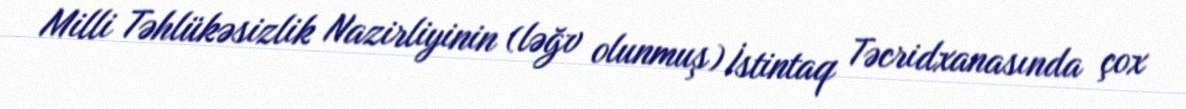
Milli Təhlükəsizlik Nazirliyinin (ləğv olunmuş) İstintaq Təcridxanasında çox